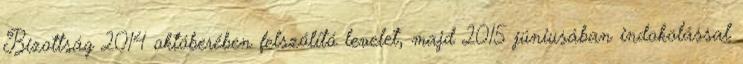
Bizottság 2014 októberében felszólító levelet, majd 2015 júniusában indokolással